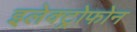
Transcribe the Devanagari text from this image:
इलेक्ट्रोफोन